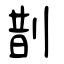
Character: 剒